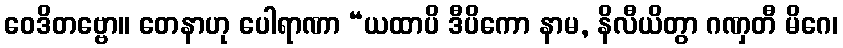
ဝေဒိတဗ္ဗော။ တေနာဟု ပေါရာဏာ “ယထာပိ ဒီပိကော နာမ, နိလီယိတွာ ဂဏှတီ မိဂေ၊